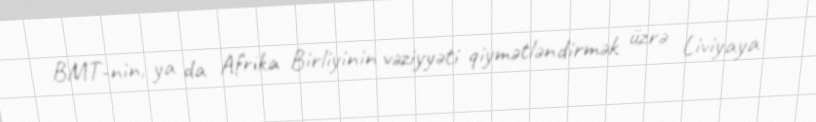
BMT-nin, ya da Afrika Birliyinin vəziyyəti qiymətləndirmək üzrə Liviyaya